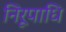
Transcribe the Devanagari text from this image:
निरूपाधि